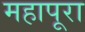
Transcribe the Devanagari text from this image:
महापूरा